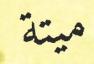
ميتة